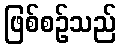
ဖြစ်စဉ်သည်